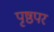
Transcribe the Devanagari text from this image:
पृष्ठपर